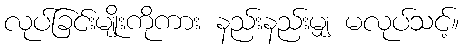
လုပ်ခြင်းမျိုးကိုကား နည်းနည်းမျှ မလုပ်သင့်။